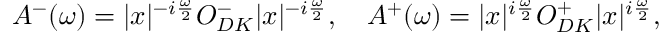
A ^ { - } ( \omega ) = | x | ^ { - i \frac { \omega } { 2 } } O _ { D K } ^ { - } | x | ^ { - i \frac { \omega } { 2 } } , \quad A ^ { + } ( \omega ) = | x | ^ { i \frac { \omega } { 2 } } O _ { D K } ^ { + } | x | ^ { i \frac { \omega } { 2 } } ,